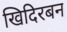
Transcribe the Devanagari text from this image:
खिदिरबन